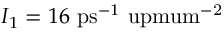
I _ { 1 } = 1 6 ~ \mathrm { p s ^ { - 1 } \ u p m u m ^ { - 2 } }